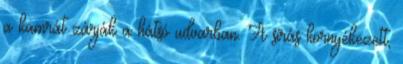
a kamrát zárják a hátsó udvarban. A sírás környékezett,